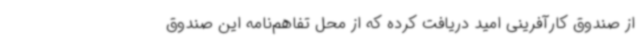
از صندوق کارآفرینی امید دریافت کرده که از محل تفاهم‌نامه این صندوق